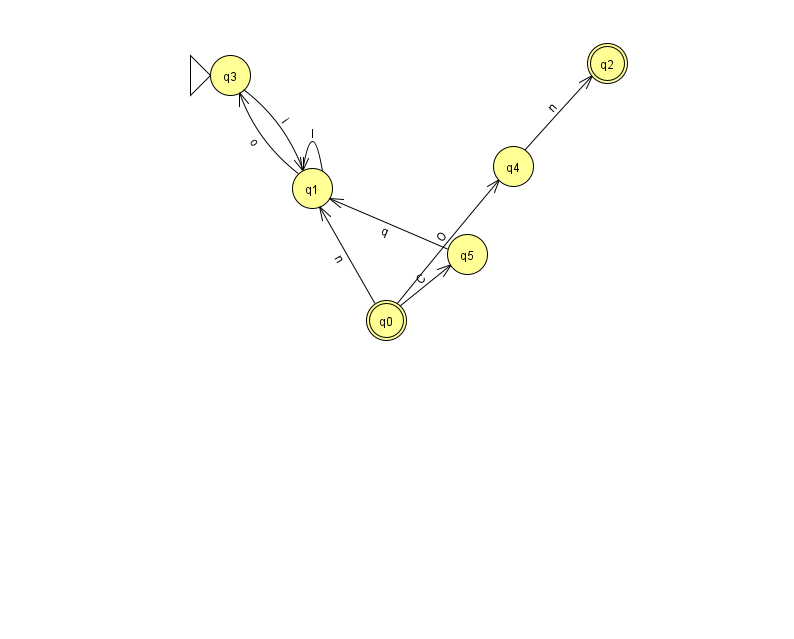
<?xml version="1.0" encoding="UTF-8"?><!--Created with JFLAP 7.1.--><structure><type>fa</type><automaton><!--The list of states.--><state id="0" name="q0"><x>386.0</x><y>307.0</y><final/></state><state id="1" name="q1"><x>312.0</x><y>175.0</y></state><state id="2" name="q2"><x>607.0</x><y>50.0</y><final/></state><state id="3" name="q3"><x>230.0</x><y>62.0</y><initial/></state><state id="4" name="q4"><x>513.0</x><y>153.0</y></state><state id="5" name="q5"><x>467.0</x><y>241.0</y></state><!--The list of transitions.--><transition><from>1</from><to>3</to><read>o</read></transition><transition><from>0</from><to>1</to><read>n</read></transition><transition><from>3</from><to>1</to><read>i</read></transition><transition><from>5</from><to>1</to><read>q</read></transition><transition><from>0</from><to>5</to><read>C</read></transition><transition><from>1</from><to>1</to><read>l</read></transition><transition><from>0</from><to>4</to><read>O</read></transition><transition><from>4</from><to>2</to><read>n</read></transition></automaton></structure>